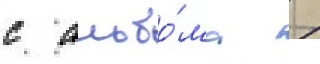
с альбо́ма